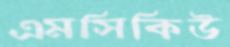
এমসিকিউ